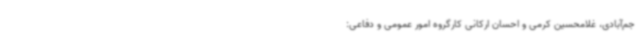
جم‌آبادی، غلامحسین کرمی و احسان ارکانی کارگروه امور عمومی و دفاعی: